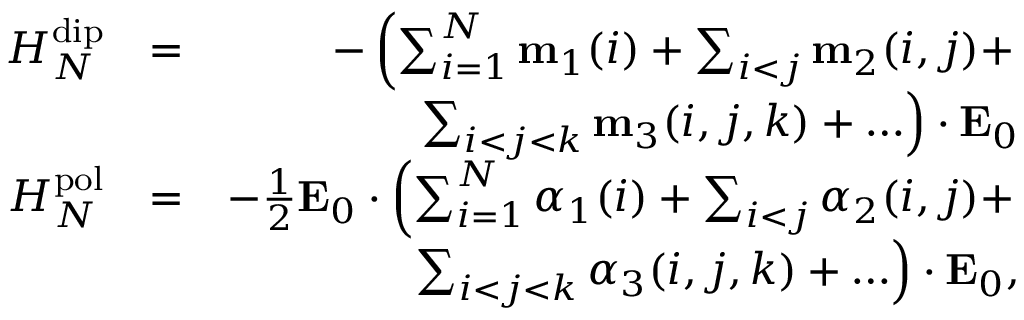
\begin{array} { r l r } { H _ { N } ^ { \mathrm { d i p } } } & { = } & { - \left( \sum _ { i = 1 } ^ { N } \mathbf { m } _ { 1 } ( i ) + \sum _ { i < j } \mathbf { m } _ { 2 } ( i , j ) + \right. } \\ & { } & { \left. \sum _ { i < j < k } \mathbf { m } _ { 3 } ( i , j , k ) + \ldots \right) \cdot \mathbf { E } _ { 0 } } \\ { H _ { N } ^ { \mathrm { p o l } } } & { = } & { - \frac { 1 } { 2 } \mathbf { E } _ { 0 } \cdot \left( \sum _ { i = 1 } ^ { N } \boldsymbol { \alpha } _ { 1 } ( i ) + \sum _ { i < j } \boldsymbol { \alpha } _ { 2 } ( i , j ) + \right. } \\ & { } & { \left. \sum _ { i < j < k } \boldsymbol { \alpha } _ { 3 } ( i , j , k ) + \ldots \right) \cdot \mathbf { E } _ { 0 } , } \end{array}